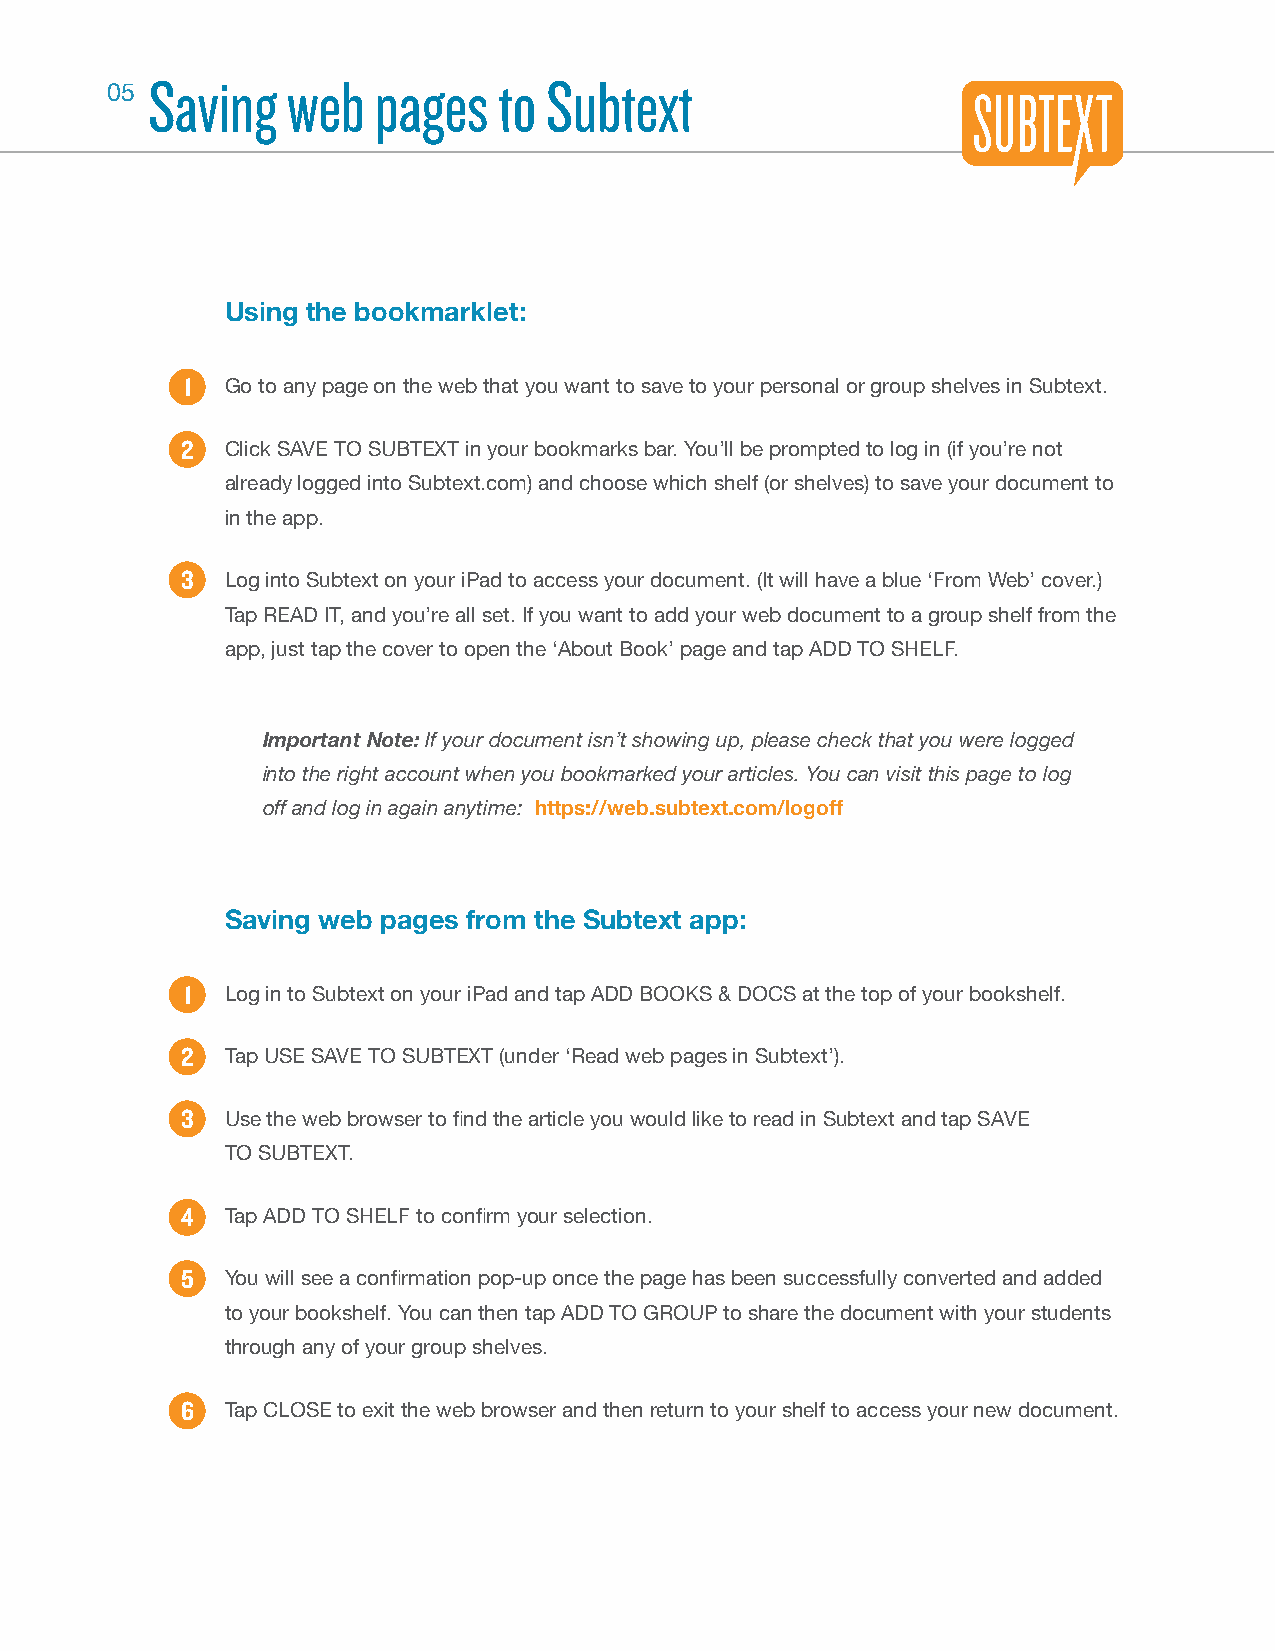
Saving   web   pages   to Subtext
 05
 Using the bookmarklet:
 1  Go to any page on the web that you want to save to your personal or group shelves in Subtext.
 2  Click SAVE TO SUBTEXT in your bookmarks bar. You’ll be prompted to log in (if you’re not
 already logged into Subtext.com) and choose which shelf (or shelves) to save your document to
 in the app.
 3  Log into Subtext on your iPad to access your document. (It will have a blue ‘From Web’ cover.)
 Tap READ IT, and you’re all set. If you want to add your web document to a group shelf from the
 app, just tap the cover to open the ‘About Book’ page and tap ADD TO SHELF.
 Important Note: If your document isn’t showing up, please check that you were logged
 into the right account when you bookmarked your articles. You can visit this page to log
 off and log in again anytime: https://web.subtext.com/logoff
 Saving web pages from the Subtext app:
 1  Log in to Subtext on your iPad and tap ADD BOOKS & DOCS at the top of your bookshelf.
 2  Tap USE SAVE TO SUBTEXT (under ‘Read web pages in Subtext’).
 3  Use the web browser to fi nd the article you would like to read in Subtext and tap SAVE
 TO SUBTEXT.
 4  Tap ADD TO SHELF to confi rm your selection.
 5  You will see a confi rmation pop-up once the page has been successfully converted and added
 to your bookshelf. You can then tap ADD TO GROUP to share the document with your students
 through any of your group shelves.
 6  Tap CLOSE to exit the web browser and then return to your shelf to access your new document.